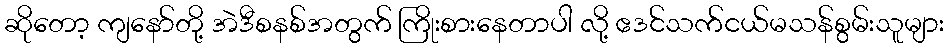
ဆိုတော့ ကျနော်တို့ အဲဒီစနစ်အတွက် ကြိုးစားနေတာပါ လို့ ဧဒင်သက်ငယ်မသန်စွမ်းသူများ